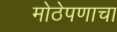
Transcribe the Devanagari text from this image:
मोठेपणाचा